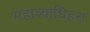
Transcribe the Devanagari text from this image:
महाव्याधिहरा